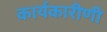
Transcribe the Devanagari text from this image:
कार्यकारीणी